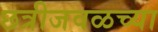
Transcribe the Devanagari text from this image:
छत्रीजवळच्या